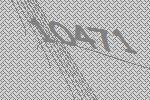
10471